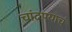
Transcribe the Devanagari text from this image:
चांदण्याचं